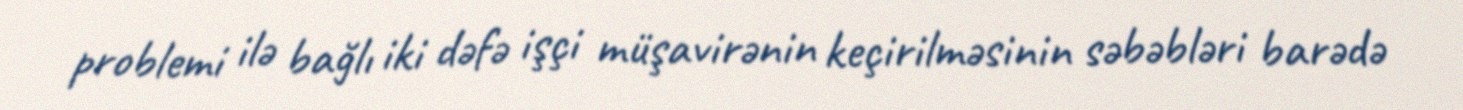
problemi ilə bağlı iki dəfə işçi müşavirənin keçirilməsinin səbəbləri barədə